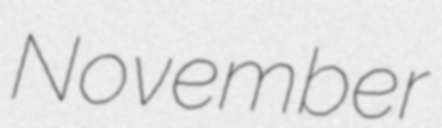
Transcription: November